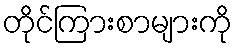
တိုင်ကြားစာများကို